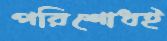
পরিশোধই